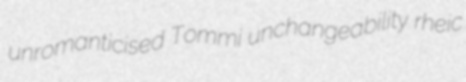
unromanticised Tommi unchangeability rheic